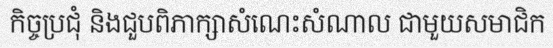
កិច្ចប្រជុំ និងជួបពិភាក្សាសំណេះសំណាល ជាមួយសមាជិក